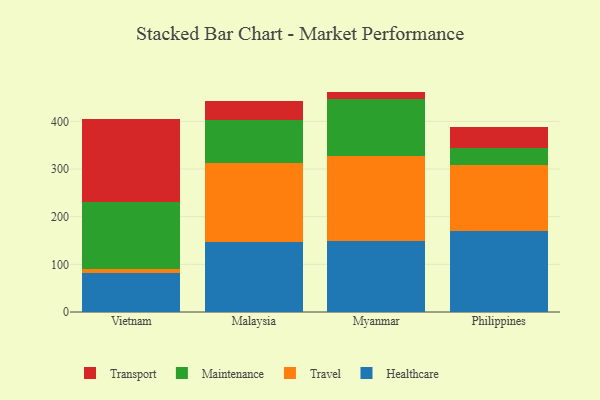
{"axis": {"x": "Country", "y": "Energy Usage (MWh)"}, "legend": ["Healthcare", "Maintenance", "Transport", "Travel"], "data": [{"x": "Vietnam", "y": 81.1, "type": "Healthcare"}, {"x": "Vietnam", "y": 8.7, "type": "Travel"}, {"x": "Vietnam", "y": 140.6, "type": "Maintenance"}, {"x": "Vietnam", "y": 175.2, "type": "Transport"}, {"x": "Malaysia", "y": 146.8, "type": "Healthcare"}, {"x": "Malaysia", "y": 165.8, "type": "Travel"}, {"x": "Malaysia", "y": 90.3, "type": "Maintenance"}, {"x": "Malaysia", "y": 39.4, "type": "Transport"}, {"x": "Myanmar", "y": 149.0, "type": "Healthcare"}, {"x": "Myanmar", "y": 178.5, "type": "Travel"}, {"x": "Myanmar", "y": 119.8, "type": "Maintenance"}, {"x": "Myanmar", "y": 15.1, "type": "Transport"}, {"x": "Philippines", "y": 170.2, "type": "Healthcare"}, {"x": "Philippines", "y": 137.3, "type": "Travel"}, {"x": "Philippines", "y": 37.5, "type": "Maintenance"}, {"x": "Philippines", "y": 42.2, "type": "Transport"}]}